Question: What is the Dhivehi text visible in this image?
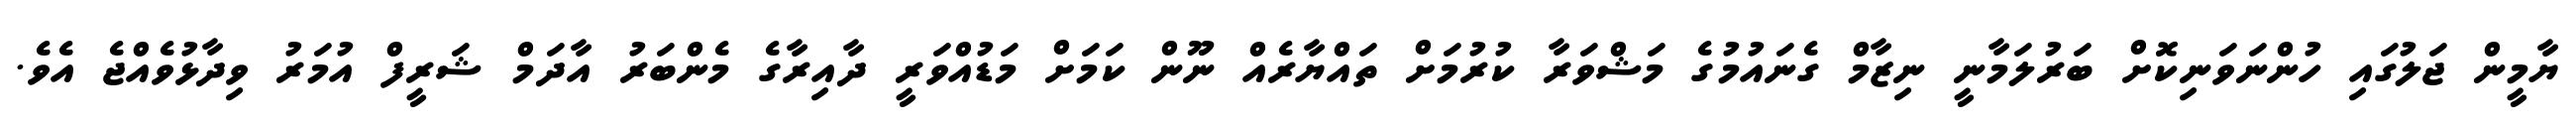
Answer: ޔާމީން ޖަލުގައި ހުންނަވަނިކޮށް ބަރުލަމާނީ ނިޒާމް ގެނައުމުގެ މަޝްވަރާ ކުރުމަށް ތައްޔާރެއް ނޫން ކަމަށް މަޑުއްވަރީ ދާއިރާގެ މެންބަރު އާދަމް ޝަރީފް އުމަރު ވިދާޅުވެއްޖެ އެވެ.